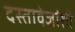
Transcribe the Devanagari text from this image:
दस्तावेजांशी